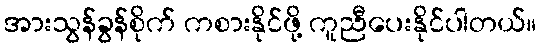
အားသွန်ခွန်စိုက် ကစားနိုင်ဖို့ ကူညီပေးနိုင်ပါတယ်။